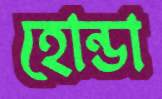
হোন্ডা